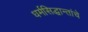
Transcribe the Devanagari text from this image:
धर्मसिद्धान्तांचे